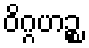
ဝိဂ္ဂဟဉ္စ